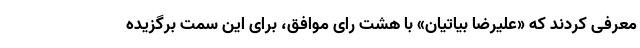
معرفی کردند که «علیرضا بیاتیان» با هشت رای موافق، برای این سمت برگزیده